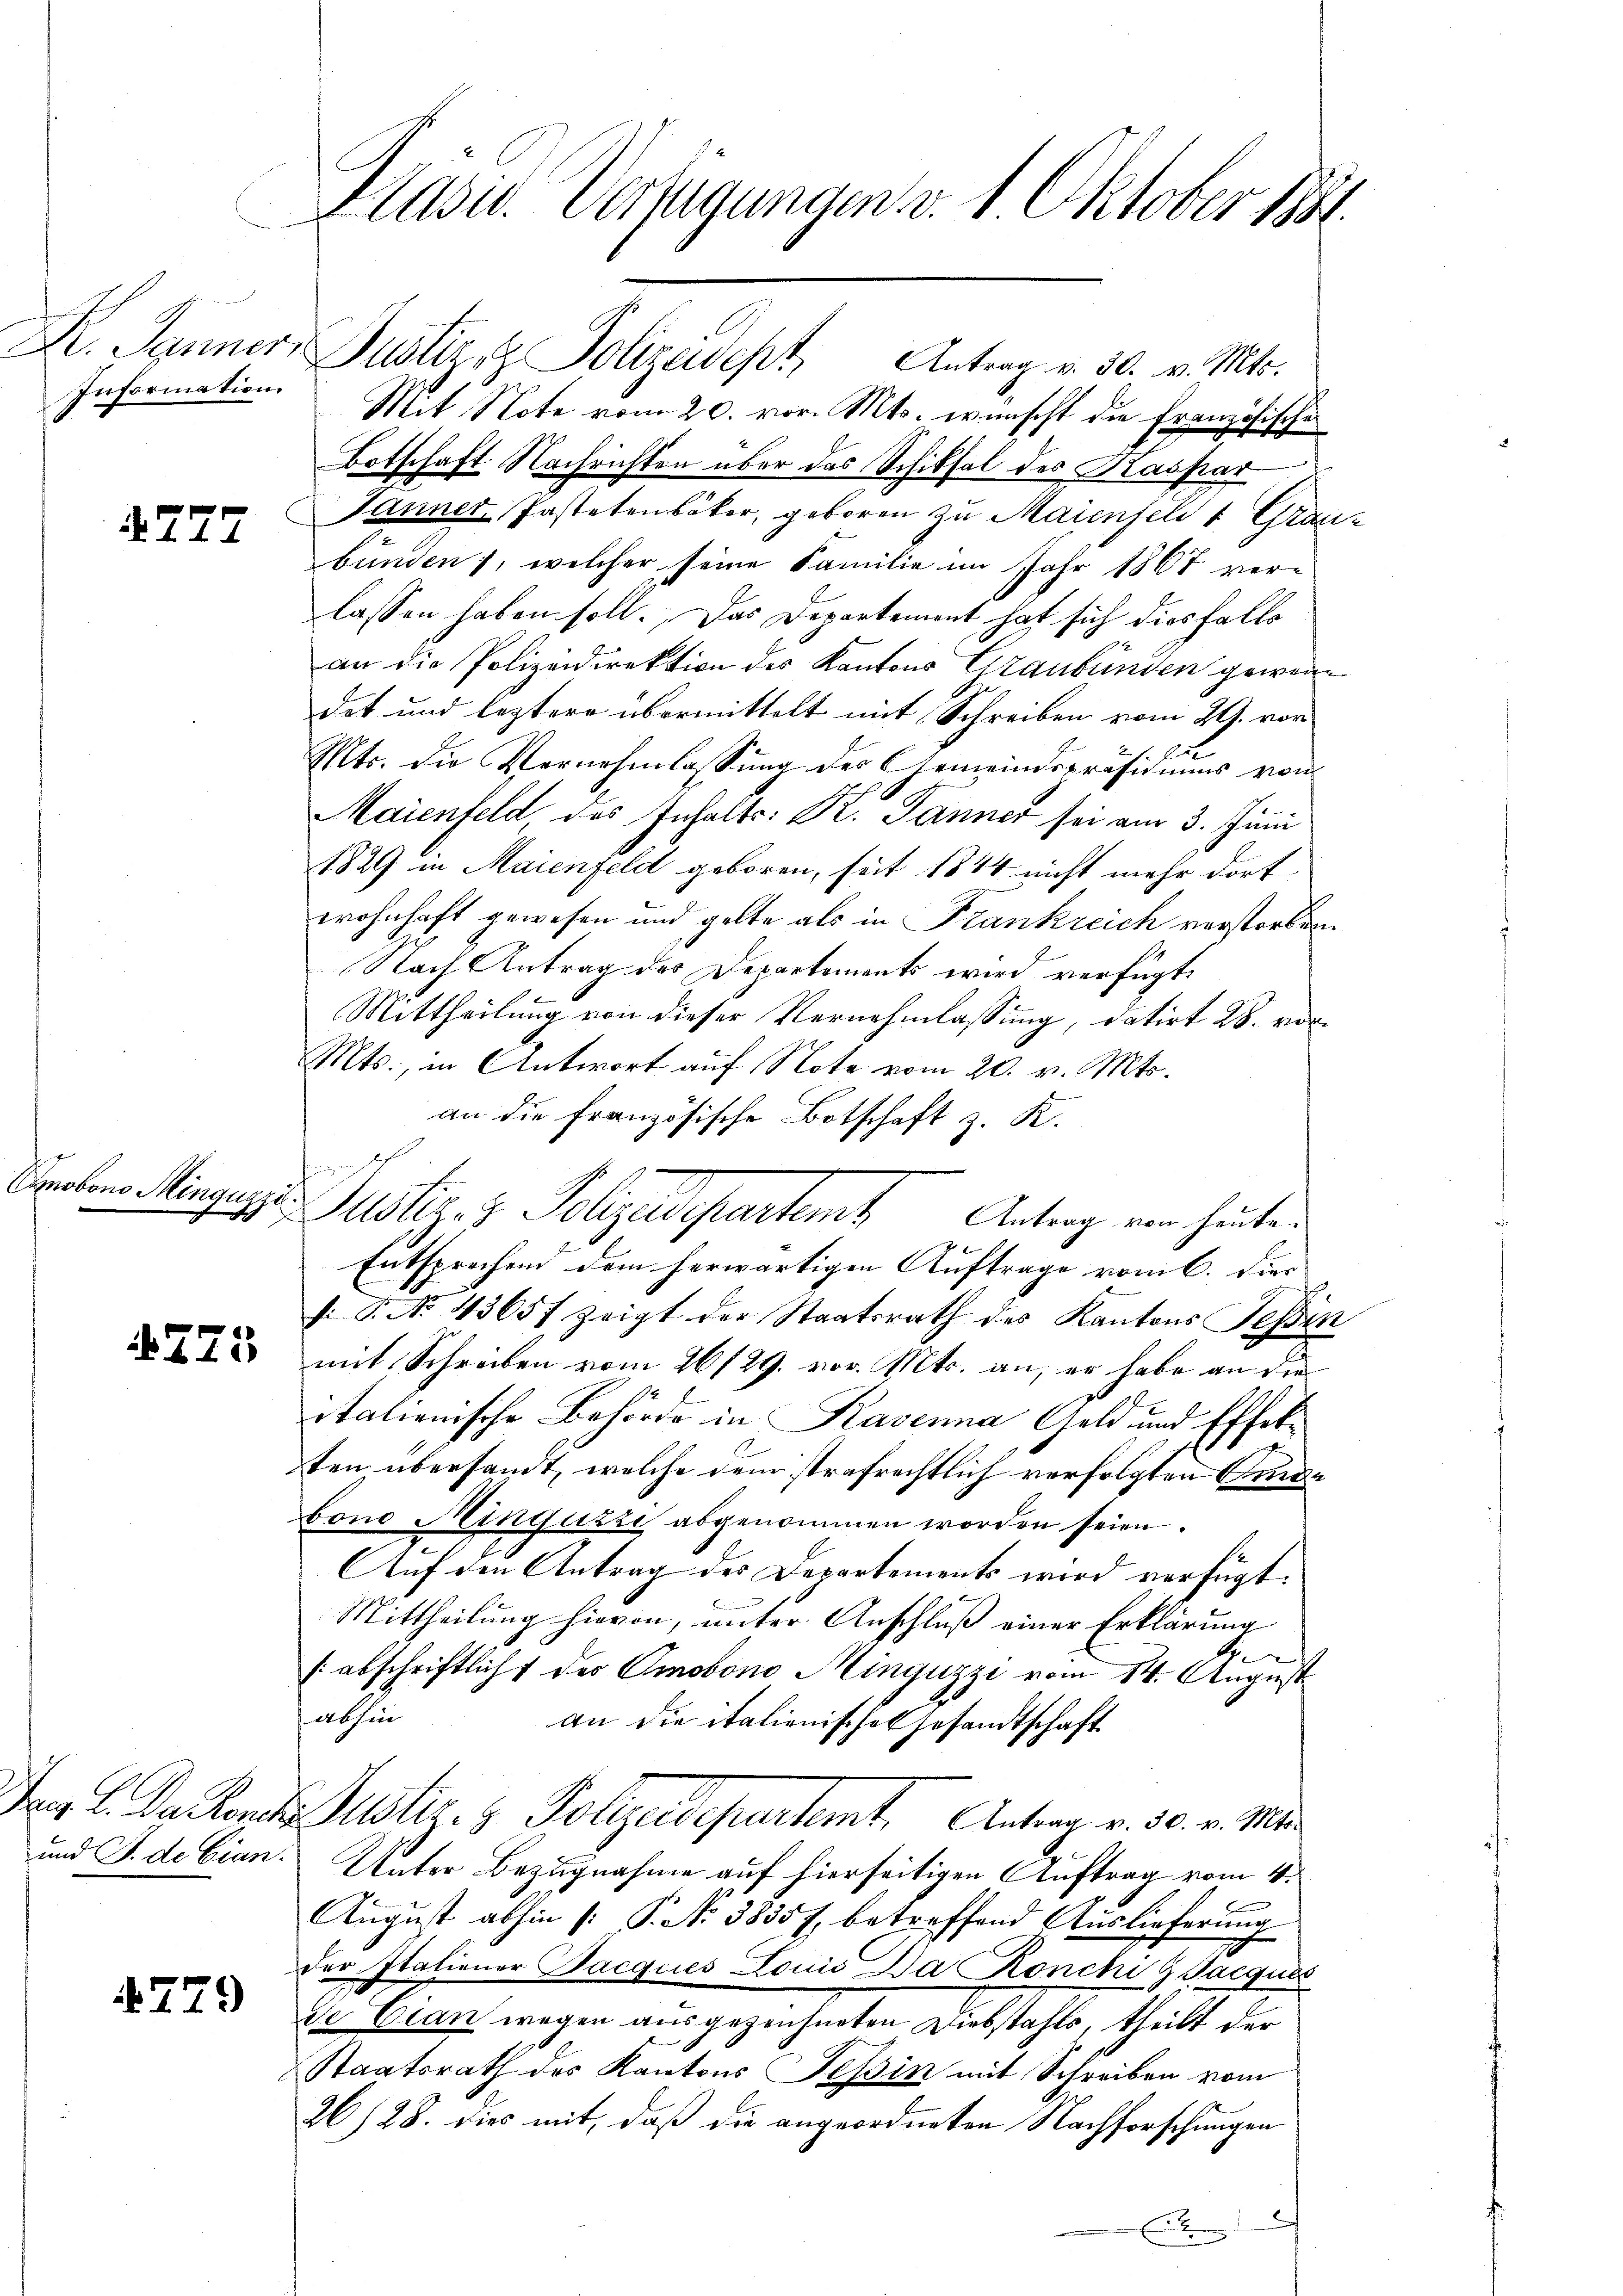
Information.

779

Cobono Minguzzi.

775

und J. de Cian.

4779

Präsid. Verfügungen v. 1. Oktober 1881

Dr. Jenner Justiz z. Polizeidept,
Mit Note vom 20. vor. Mts. wünscht die Französischen
Botschaft. Nachrichten über das Schiksal des Kaspar
Janner Pastetenbaker, geboren zu Maienfeld 1 Graubunden), welcher seine Familie im Jahr 1867 verlassen haben soll. Das Departement hat sich diesfalle
an die Polizeidirektion des Kantons Graubünden gewendet und leztere übermittelt mit Schreiben vom 29. vor
2 f.
Ex
Mts. die Vernehmlassŭng des Gemeindspräsidiŭms von
Maienfeld, des Inhalts: K. Jänner sei am 3. Juni
1829 in Maienfeld geboren, seit 1844 nicht mehr dort.
wohnhaft gewesen und gelte als in Frankreich verstorben
1
Nach Antrag des Departements wird verfügt:
Mittheilung von dieser Vernehmlassung, datirt 28. vor¬
Mts., in Antwort auf Note vom 20. v. Mts.
an die französische Botschaft z. K.
g
Justiz- & Polyedepartamt Antrag von heuten
Entsprechend dem herwärtigen Auftrage vom 6. Dies
.P. No. 4365f zeigt der Staatsrath des Kantons Tessin
mit Schreiben vom 26/29. vor. Mts. an, er habe an die
italienische Behörde in Rasenna Geld und Effelten übersandt, welche dem strafrechtlich verfolgten Fide
bono Minguzze abgenommen worden seien.
Auf den Antrag des Departements wird verfügt:
Mittheilung hievon, unter Anschluß einer Erklärung
Ge
sabschriftlicht des Omobono Minguzzi vom 14. August
abhin
an die italienisches Gesandtschaft
Pro. L. Dr Ronda Justiz- & Polizeidepartamt Antrag v. 30. v. Mi
Unter Bezugnahme auf hierseitigen Auftrag vom 4.
August abhin (: P. No 3835 f. betreffend Auslieferung
der Italiener Pacques Louis Da Ronchi 9 Jacquis
de Otan wegen ausgezeichneten Diebstahls, theilt der
Staatsrath des Kantons Tessin mit Schreiben vom
26/28. dies mit, daß die angeordneten Nachforschungen
Ei

Antrag v. 30. v. Mts.